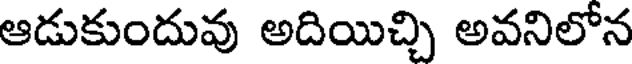
ఆడుకుందువు అదియిచ్చి అవనిలోన